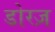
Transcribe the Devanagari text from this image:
डोरज़